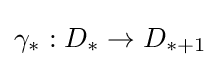
\gamma _{*}:D_{*}\to D_{*+1}